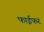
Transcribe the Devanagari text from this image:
फाईफर